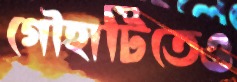
গৌহাটিতেও